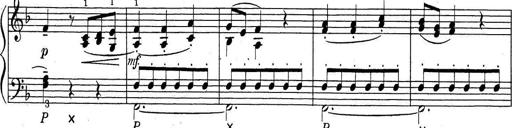
Title: ÄŒeskÃ© Sonatiny
Composer: Various